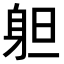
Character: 𨈱